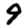
Digit: 9